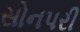
સોનપરી